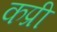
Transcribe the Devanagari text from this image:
कप्री